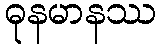
ဓုနမာနဿ